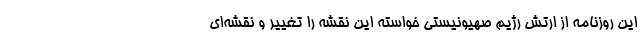
این روزنامه از ارتش رژیم صهیونیستی خواسته این نقشه را تغییر و نقشه‌ای